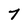
Character: 7